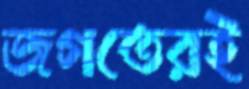
জগতেরই